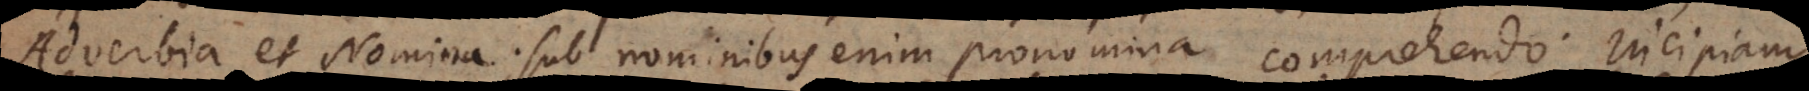
Adverbia et Nomina; sub nominibus enim pronomina comprehendo. Incipiam